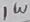
Text: 1W